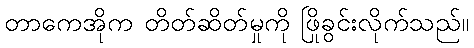
တာကေအိုက တိတ်ဆိတ်မှုကို ဖြိုခွင်းလိုက်သည်။